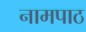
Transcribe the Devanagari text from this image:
नामपाठ